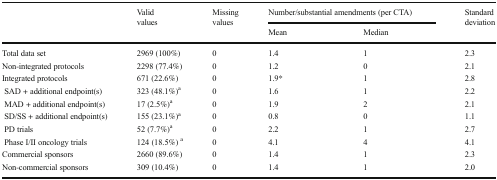
<table><thead><tr><td rowspan="2"></td><td rowspan="2"><b>Valid values</b></td><td rowspan="2"><b>Missing values</b></td><td colspan="2"><b>Number/substantial amendments (per CTA)</b></td><td rowspan="2"><b>Standard deviation</b></td></tr><tr><td><b>Mean</b></td><td><b>Median</b></td></tr></thead><tbody><tr><td>Total data set</td><td>2969 (100%)</td><td>0</td><td>1.4</td><td>1</td><td>2.3</td></tr><tr><td>Non-integrated protocols</td><td>2298 (77.4%)</td><td>0</td><td>1.2</td><td>0</td><td>2.1</td></tr><tr><td>Integrated protocols</td><td>671 (22.6%)</td><td>0</td><td>1.9*</td><td>1</td><td>2.8</td></tr><tr><td> SAD + additional endpoint(s)</td><td>323 (48.1%)<sup>a</sup></td><td>0</td><td>1.6</td><td>1</td><td>2.2</td></tr><tr><td> MAD + additional endpoint(s)</td><td>17 (2.5%)<sup>a</sup></td><td>0</td><td>1.9</td><td>2</td><td>2.1</td></tr><tr><td> SD/SS + additional endpoint(s)</td><td>155 (23.1%)<sup>a</sup></td><td>0</td><td>0.8</td><td>0</td><td>1.1</td></tr><tr><td> PD trials</td><td>52 (7.7%)<sup>a</sup></td><td>0</td><td>2.2</td><td>1</td><td>2.7</td></tr><tr><td> Phase I/II oncology trials</td><td>124 (18.5%) <sup>a</sup></td><td>0</td><td>4.1</td><td>4</td><td>4.1</td></tr><tr><td>Commercial sponsors</td><td>2660 (89.6%)</td><td>0</td><td>1.4</td><td>1</td><td>2.3</td></tr><tr><td>Non-commercial sponsors</td><td>309 (10.4%)</td><td>0</td><td>1.4</td><td>1</td><td>2.0</td></tr></tbody></table>